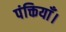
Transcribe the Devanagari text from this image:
पंक्तियाँ।